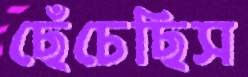
ছেঁচেছিস